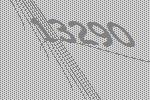
13290